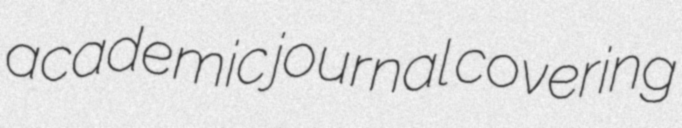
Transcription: academic journal covering